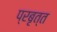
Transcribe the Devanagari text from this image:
प्रबृत्त